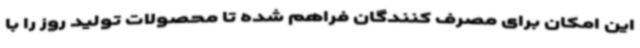
این امکان برای مصرف کنندگان فراهم شده تا محصولات تولید روز را با